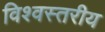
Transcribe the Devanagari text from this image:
विश्‍वस्तरीय